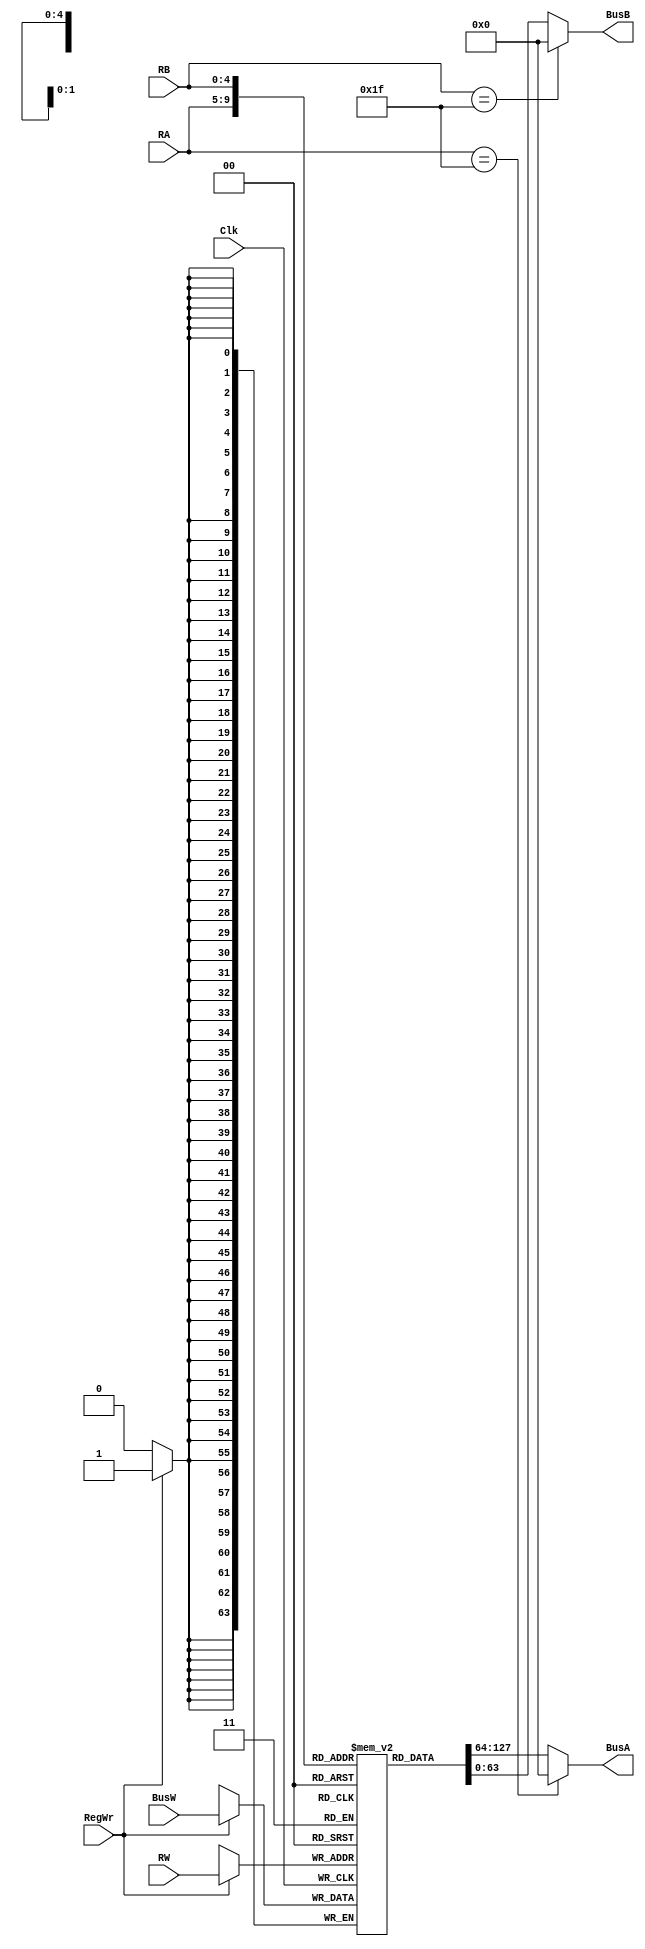
`timescale 1ns / 1ps
module RegisterFile(BusA, BusB, BusW, RA, RB, RW, RegWr, Clk);
    output [63:0] BusA;
    output [63:0] BusB;
    input [63:0] BusW;
    input [4:0]RA, RB, RW; 
    input RegWr, Clk;
    reg [63:0] registers [31:0];
     
    
    assign #2 BusA = (RA == 31 ) ? 0:registers[RA];
    assign #2 BusB = (RB == 31 ) ? 0:registers[RB];
    
    always @ (negedge Clk) begin
        if(RegWr)
            #3 registers[RW] <=  BusW;
        
    end
endmodule